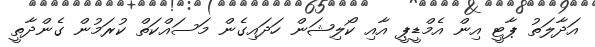
އަދާލަތު ޕާޓީ އިން އެމްޑީޕީ އާއި ކޯލިޝަން ހަދައިގެން މަސައްކަތް ކުރަމުން ގެންދާތީ